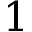
1